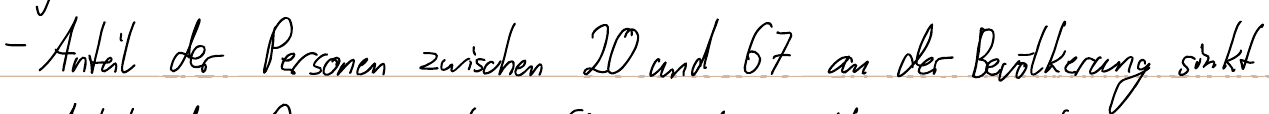
- Anteil der Personen zwischen 20 und 67 an der Bevölkerung sinkt